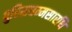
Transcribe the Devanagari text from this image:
पुरिसधम्मसारथि